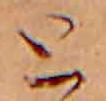
と